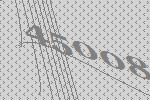
45008